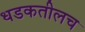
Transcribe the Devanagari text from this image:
धडकतीलच